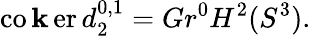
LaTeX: \operatorname{co\mathbf{k}er}d_{2}^{0,1}=Gr^{0}H^{2}(S^{3}).